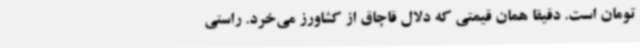
تومان است. دقیقا همان قیمتی که دلال قاچاق از کشاورز می‌خرد. راستی